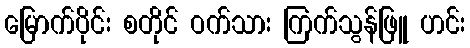
မြောက်ပိုင်း စတိုင် ဝက်သား ကြက်သွန်ဖြူ ဟင်း